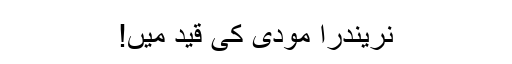
نریندرا مودی کی قید میں!